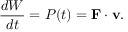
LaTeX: { \frac { d W } { d t } } = P ( t ) = \mathbf { F } \cdot \mathbf { v } .